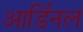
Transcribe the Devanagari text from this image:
आर्डिनल